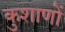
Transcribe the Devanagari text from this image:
कुशाणों